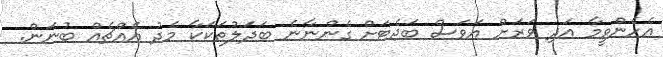
އެހެންވީމާ އަދި ވަރަށް އަވަސް ބަޖެޓަށް ގެންނާނެ ބަދަލުތަކަކާ މެދު އެއްޗެއް ބުނަން.